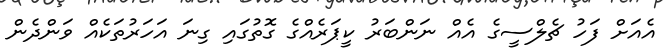
އެއަށް ފަހު ޗެލްސީގެ އެއް ނަންބަރު ކީޕަރެއްގެ ގޮތުގައި ގިނަ އަހަރުތަކެއް ވަންދެން